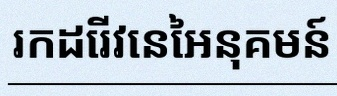
រកដេរីវេនៃអនុគមន៍